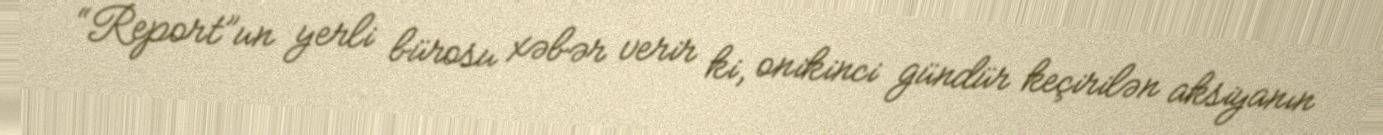
“Report”un yerli bürosu xəbər verir ki, onikinci gündür keçirilən aksiyanın